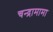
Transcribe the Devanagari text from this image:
चन्द्रामामा